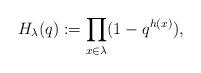
LaTeX: \begin{align*}H_{\lambda}(q):=\prod_{x\in\lambda}(1-q^{h(x)}),\end{align*}